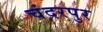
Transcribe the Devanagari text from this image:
चंदरपुर